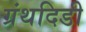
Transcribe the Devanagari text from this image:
ग्रंथदिडी